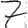
Digit: 7